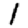
Digit: 1